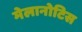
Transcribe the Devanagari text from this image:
मेलानोटिस